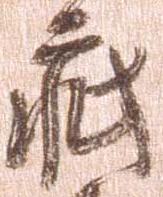
疵